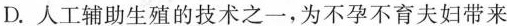
D.人工辅助生殖的技术之一，为不孕不育夫妇带来